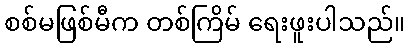
စစ်မဖြစ်မီက တစ်ကြိမ် ရေးဖူးပါသည်။